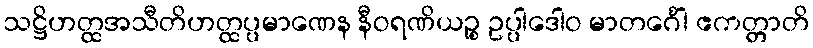
သဋ္ဌိဟတ္ထအသီတိဟတ္ထပ္ပမာဏေန နီဝရဏိယဉ္စ ဥပ္ပါဒေါဝ မာတင်္ဂေါ ဧကတ္တာတိ